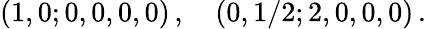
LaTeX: (1,0;0,0,0,0)\, ,\quad(0,1/2;2,0,0,0)\, .